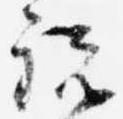
説